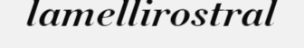
lamellirostral